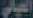
العيالي